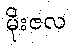
မိုးဇလ